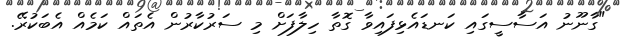
"ގާނޫނު އަސާސީގައި ކަނޑައެޅިފައިވާ ގޮތާ ހިލާފަށް މި ސަރުކާރުން އެތައް ކަމެއް އެބަކުރޭ.